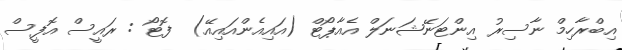
އިބްރާހިމް ނާސިރު އިންޓަނޭޝަނަލް އެއާޕޯޓް (އައިއެންއައިއޭ)  ފޮޓޯ : ރައީސް އޮފީސް